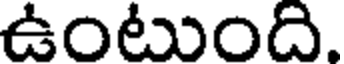
ఉంటుంది.